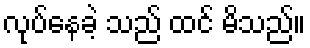
လုပ်နေခဲ့ သည် ထင် မိသည်။